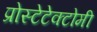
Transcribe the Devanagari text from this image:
प्रोस्टेटेक्टोमी